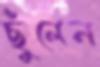
ছুঁলেন